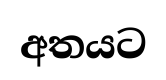
අතයට